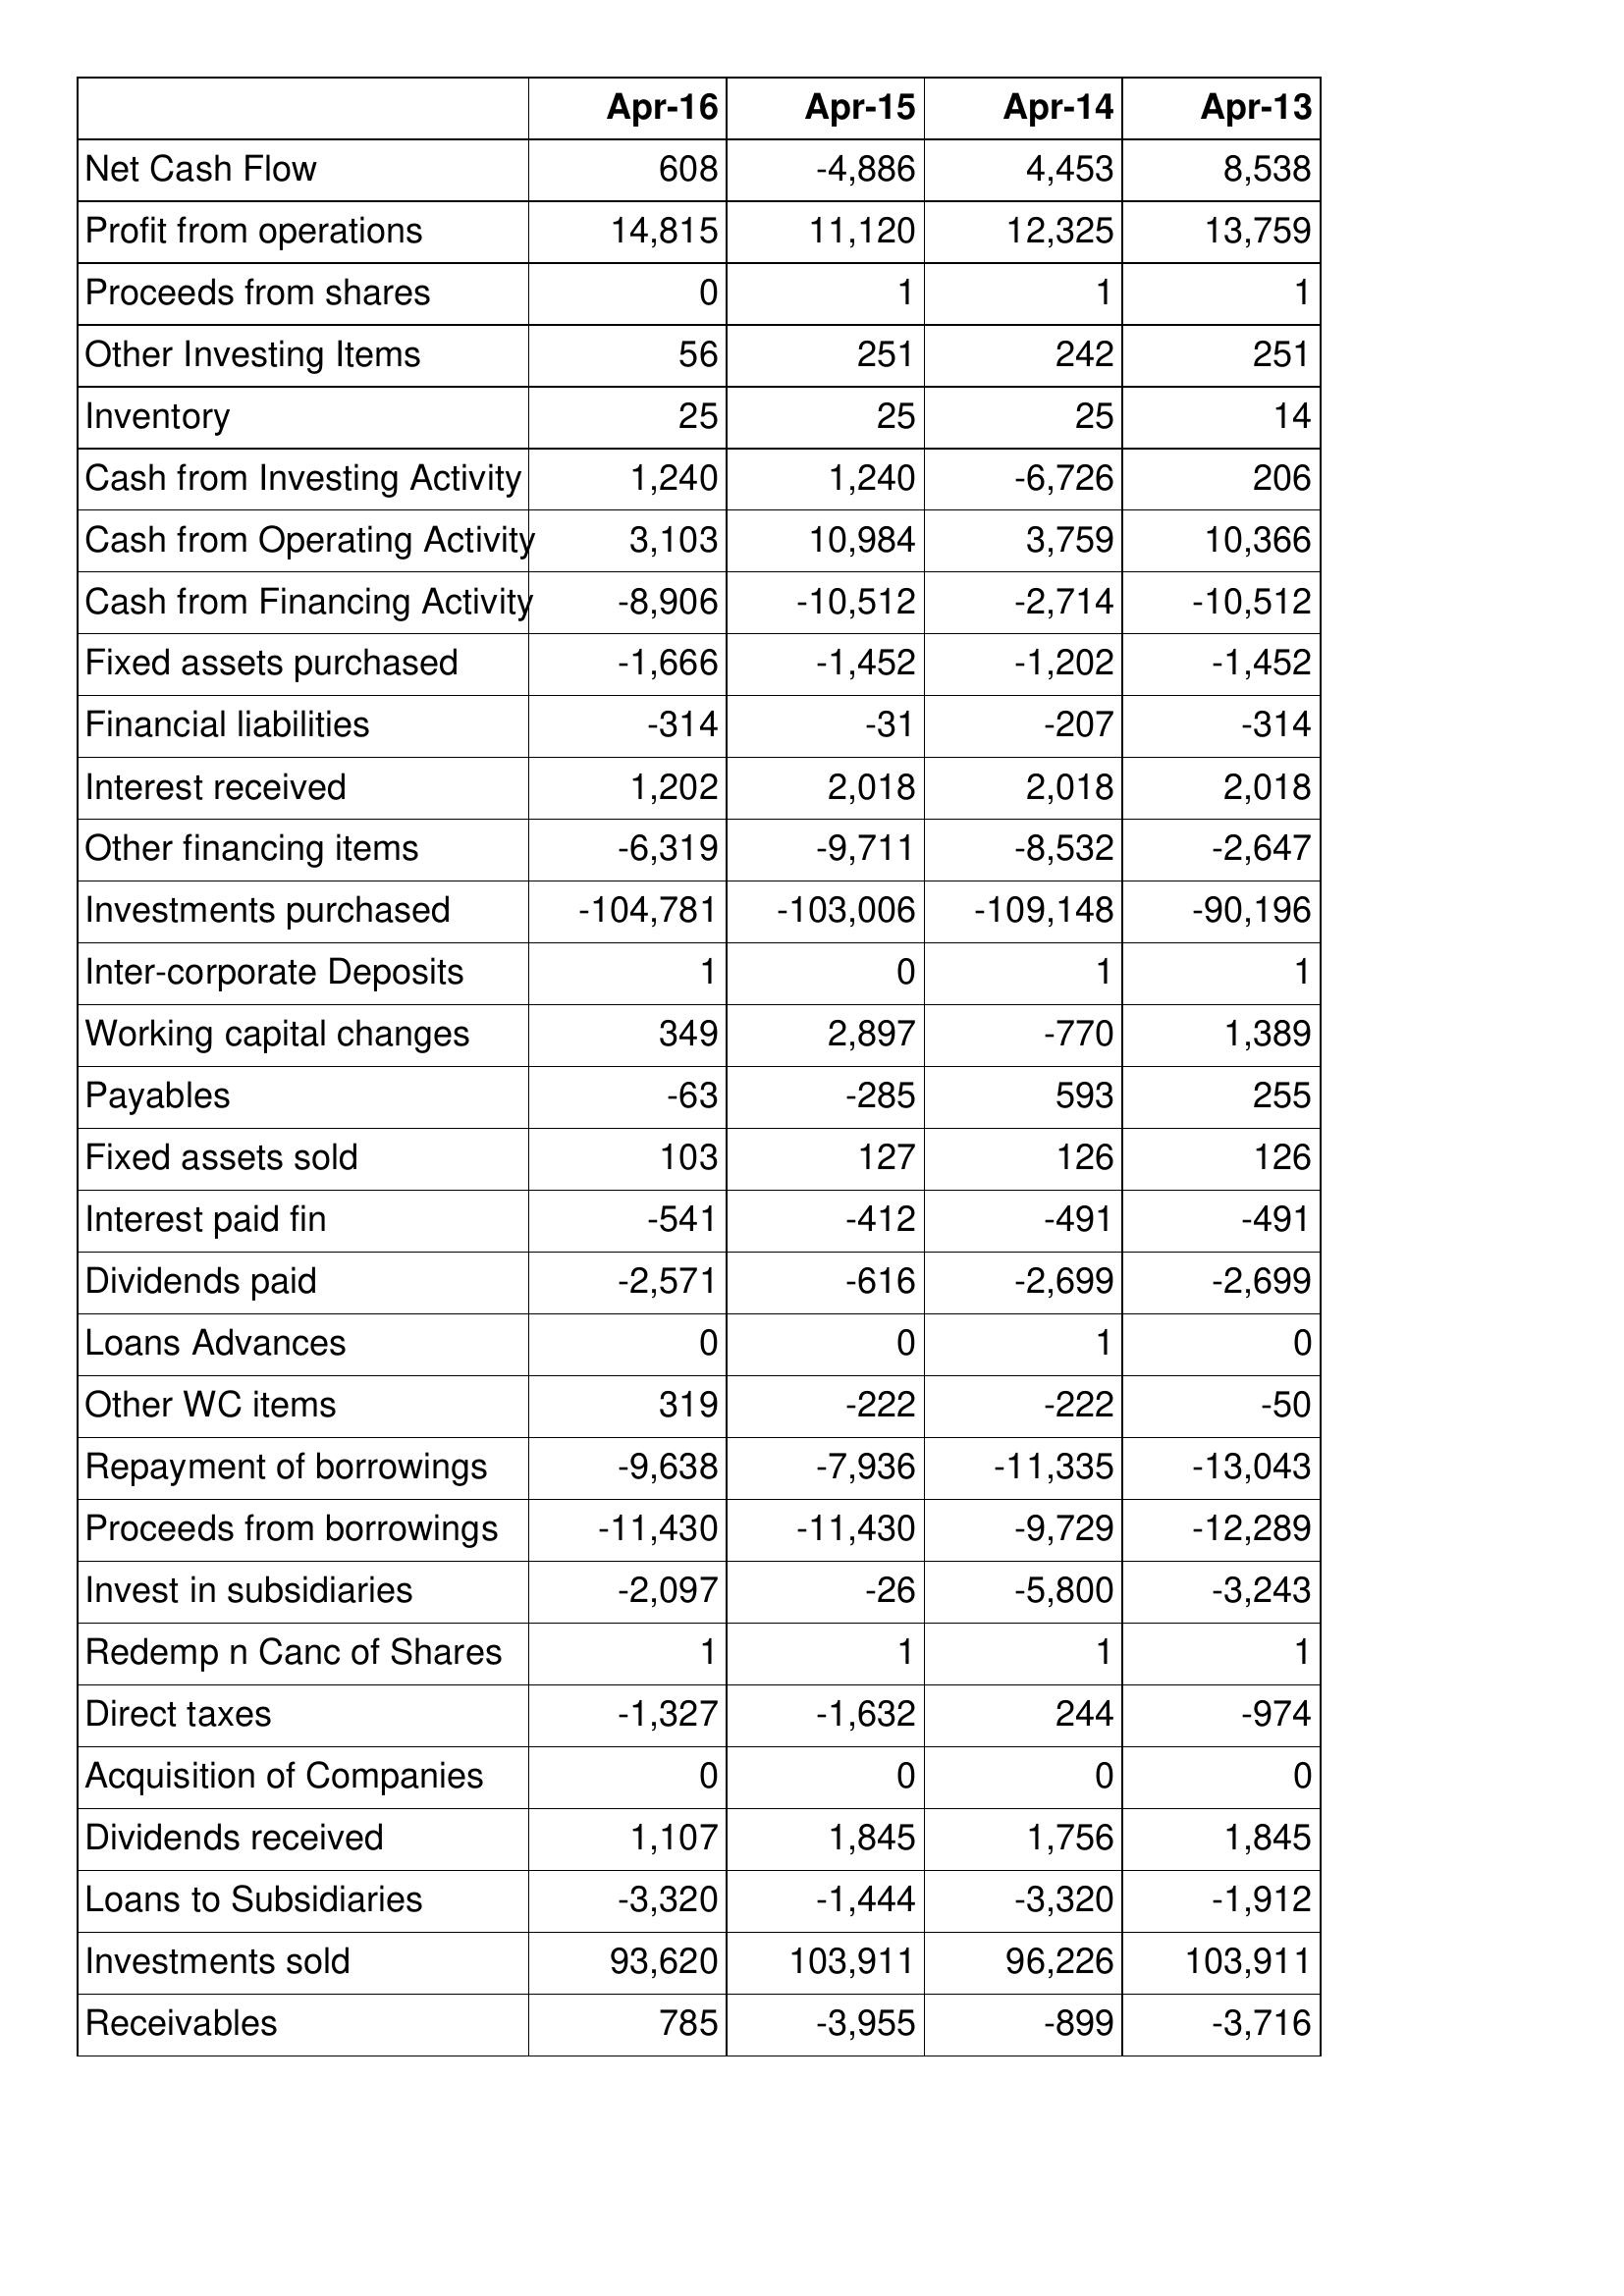
Apr-16: Cash Flows: Net Cash Flow: 608
Profit from operations: 14,815
Proceeds from shares: 0
Other Investing Items: 56
Inventory: 25
Cash from Investing Activity: 1,240
Cash from Operating Activity: 3,103
Cash from Financing Activity: -8,906
Fixed assets purchased: -1,666
Financial liabilities: -314
Interest received: 1,202
Other financing items: -6,319
Investments purchased: -104,781
Inter-corporate Deposits: 1
Working capital changes: 349
Payables: -63
Fixed assets sold: 103
Interest paid fin: -541
Dividends paid: -2,571
Loans Advances: 0
Other WC items: 319
Repayment of borrowings: -9,638
Proceeds from borrowings: -11,430
Invest in subsidiaries: -2,097
Redemp n Canc of Shares: 1
Direct taxes: -1,327
Acquisition of Companies: 0
Dividends received: 1,107
Loans to Subsidiaries: -3,320
Investments sold: 93,620
Receivables: 785
Apr-15: Cash Flows: Net Cash Flow: -4,886
Profit from operations: 11,120
Proceeds from shares: 1
Other Investing Items: 251
Inventory: 25
Cash from Investing Activity: 1,240
Cash from Operating Activity: 10,984
Cash from Financing Activity: -10,512
Fixed assets purchased: -1,452
Financial liabilities: -31
Interest received: 2,018
Other financing items: -9,711
Investments purchased: -103,006
Inter-corporate Deposits: 0
Working capital changes: 2,897
Payables: -285
Fixed assets sold: 127
Interest paid fin: -412
Dividends paid: -616
Loans Advances: 0
Other WC items: -222
Repayment of borrowings: -7,936
Proceeds from borrowings: -11,430
Invest in subsidiaries: -26
Redemp n Canc of Shares: 1
Direct taxes: -1,632
Acquisition of Companies: 0
Dividends received: 1,845
Loans to Subsidiaries: -1,444
Investments sold: 103,911
Receivables: -3,955
Apr-14: Cash Flows: Net Cash Flow: 4,453
Profit from operations: 12,325
Proceeds from shares: 1
Other Investing Items: 242
Inventory: 25
Cash from Investing Activity: -6,726
Cash from Operating Activity: 3,759
Cash from Financing Activity: -2,714
Fixed assets purchased: -1,202
Financial liabilities: -207
Interest received: 2,018
Other financing items: -8,532
Investments purchased: -109,148
Inter-corporate Deposits: 1
Working capital changes: -770
Payables: 593
Fixed assets sold: 126
Interest paid fin: -491
Dividends paid: -2,699
Loans Advances: 1
Other WC items: -222
Repayment of borrowings: -11,335
Proceeds from borrowings: -9,729
Invest in subsidiaries: -5,800
Redemp n Canc of Shares: 1
Direct taxes: 244
Acquisition of Companies: 0
Dividends received: 1,756
Loans to Subsidiaries: -3,320
Investments sold: 96,226
Receivables: -899
Apr-13: Cash Flows: Net Cash Flow: 8,538
Profit from operations: 13,759
Proceeds from shares: 1
Other Investing Items: 251
Inventory: 14
Cash from Investing Activity: 206
Cash from Operating Activity: 10,366
Cash from Financing Activity: -10,512
Fixed assets purchased: -1,452
Financial liabilities: -314
Interest received: 2,018
Other financing items: -2,647
Investments purchased: -90,196
Inter-corporate Deposits: 1
Working capital changes: 1,389
Payables: 255
Fixed assets sold: 126
Interest paid fin: -491
Dividends paid: -2,699
Loans Advances: 0
Other WC items: -50
Repayment of borrowings: -13,043
Proceeds from borrowings: -12,289
Invest in subsidiaries: -3,243
Redemp n Canc of Shares: 1
Direct taxes: -974
Acquisition of Companies: 0
Dividends received: 1,845
Loans to Subsidiaries: -1,912
Investments sold: 103,911
Receivables: -3,716